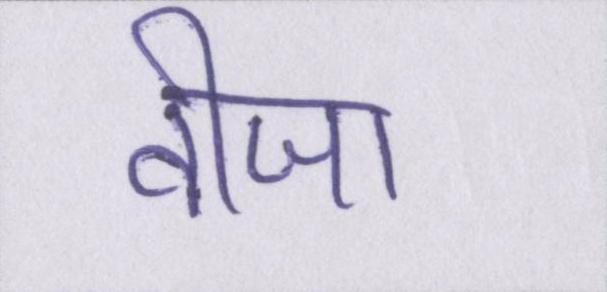
वीजा